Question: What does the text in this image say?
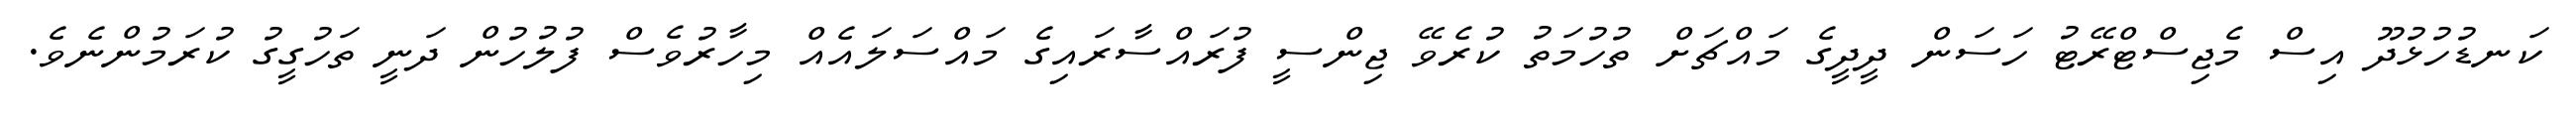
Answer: ކަނޑުހުޅުދޫ އިސް މެޖިސްޓްރޭޓު ހަސަން ދީދީގެ މައްޗަށް ތުހުމަތު ކުރެވޭ ޖިންސީ ފުރައްސާރައިގެ މައްސަލައެއް މިހާރުވެސް ފުލުހުން ދަނީ ތަހުގީގު ކުރަމުންނެވެ.